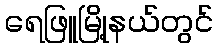
ရေဖြူမြို့နယ်တွင်